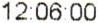
12:06:00